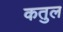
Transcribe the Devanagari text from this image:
कतुल